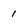
Character: 1